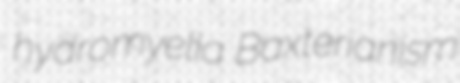
hydromyelia Baxterianism